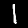
Label: 1